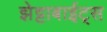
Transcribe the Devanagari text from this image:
झेट्टाबाईट्स